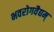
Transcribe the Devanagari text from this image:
भवरोगवैद्यम्